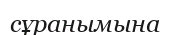
сұранымына